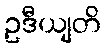
ဥဒီယျတိ